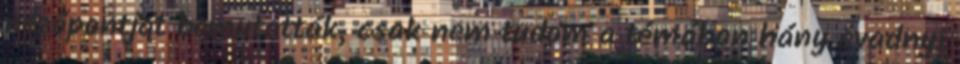
nézőpontját bemutatták, csak nem tudom a témában hány évadnyi